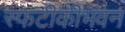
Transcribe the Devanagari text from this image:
स्फटीकीभवन